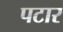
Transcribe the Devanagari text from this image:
पटार